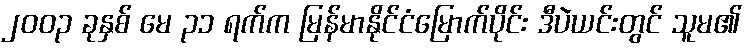
၂၀၀၃ ခုနှစ် မေ ၃၁ ရက်က မြန်မာနိုင်ငံမြောက်ပိုင်း ဒီပဲယင်းတွင် သူမ၏